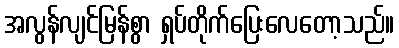
အလွန်လျင်မြန်စွာ ရှပ်တိုက်ပြေးလေတော့သည်။